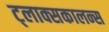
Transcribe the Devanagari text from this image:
ट्लाक्सकालन्स